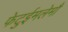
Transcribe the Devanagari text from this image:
फेटुईमलेमौ